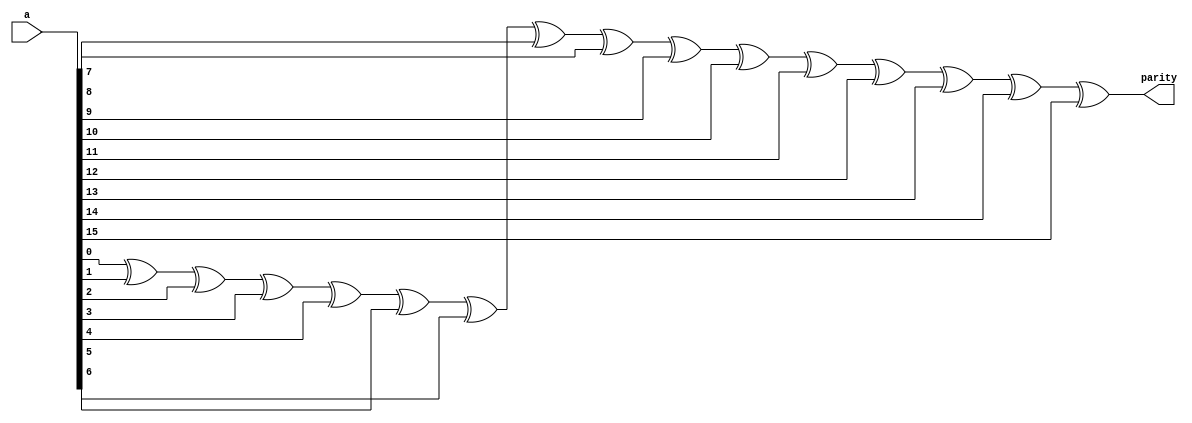
module parity_generator (
    input wire [16-1:0] a,
    output reg [1-1:0] parity
);
    
    integer i;

    always @(*) begin
        parity = 1'b0;
        for ( i = 0 ; i < 16 ; i = i + 1) begin
            parity = parity ^ a[i];
        end
    end

endmodule